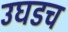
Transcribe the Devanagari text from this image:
उघडच